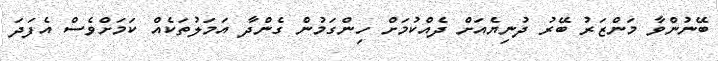
ބޭނުންވާ މަންޒަރު ބޭރު ދުނިޔެއަށް ދެއްކުމަށް ހިންގަމުން ގެންދާ އަމަލުތަކެއް ކަމަށްވެސް އެފަދަ